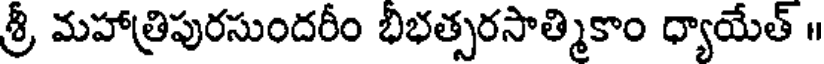
శ్రీ మహాత్రిపురసుందరీం భిభత్సరసాత్మికాం ధ్యాయేత్ ॥